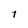
Character: t